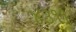
૪૩૧૧